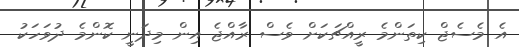
އެ މެސެޖް ކިތަންމެ ރީއްޗަކަށް ވެސް ރާއްޖެ އިން މިދަނީ ކޮންމެ ދުވަހަކު